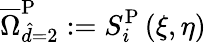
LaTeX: \overline{{\Omega}}_{\hat{d}=2}^{\mathrm{{P}}}:=S_{i}^{\mathrm{{P}}}\left(\xi,\eta\right)